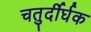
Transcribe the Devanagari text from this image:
चतुर्दीर्घक